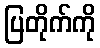
ပြတိုက်ကို